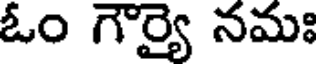
ఓం గౌర్యై నమః